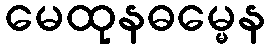
မေထုနဓမ္မေန